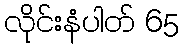
လိုင်းနံပါတ် 65